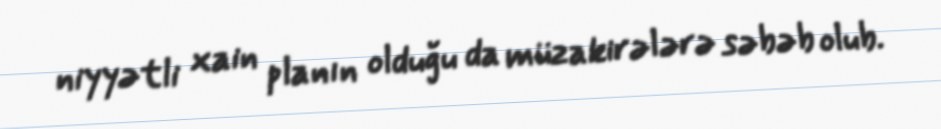
niyyətli xain planın olduğu da müzakirələrə səbəb olub.